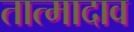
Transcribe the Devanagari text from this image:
तात्मादाव